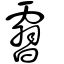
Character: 霫